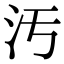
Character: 汚